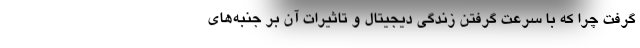
گرفت چرا که با سرعت گرفتن زندگی دیجیتال و تاثیرات آن بر جنبه‌های